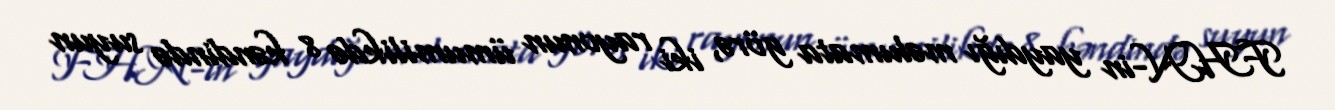
FHN-in yaydığı məlumata görə, iki rayonun ümumilikdə 8 kəndində suyun